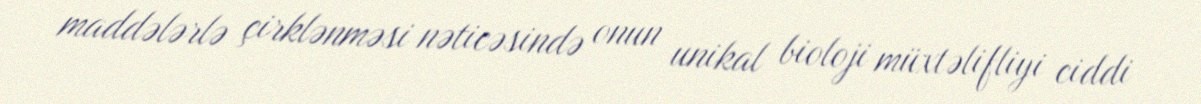
maddələrlə çirklənməsi nəticəsində onun unikal bioloji müxtəlifliyi ciddi